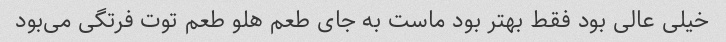
خیلی عالی بود فقط بهتر بود ماست به جای طعم هلو طعم توت فرتگی می‌بود